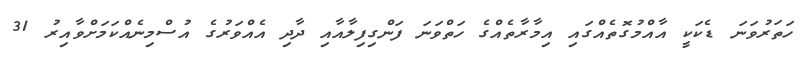
ހަތަރުވަނަ ޑެކަކީ އާއްމުގޮތެއްގައި އިމާރާތެއްގެ ހަތްވަނަ ފަންގިފިލާއާއި ދާދި އެއްވަރުގެ އުސްމިނެއްކަމަށްވާއިރު 31